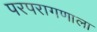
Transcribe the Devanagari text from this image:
परपरागणाला